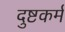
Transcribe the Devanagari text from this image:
दुष्टकर्म